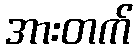
အားတက်